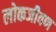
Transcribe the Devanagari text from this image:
लोकजीवण